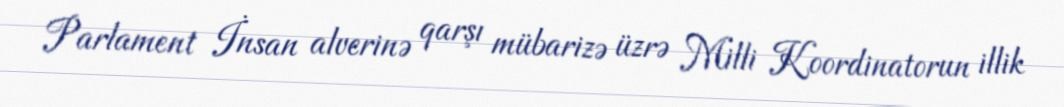
Parlament İnsan alverinə qarşı mübarizə üzrə Milli Koordinatorun illik